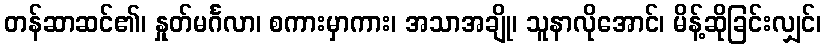
တန်ဆာဆင်၏၊ နှုတ်မင်္ဂလာ၊ စကားမှာကား၊ အသာအချို၊ သူနာလိုအောင်၊ မိန့်ဆိုခြင်းလျှင်၊